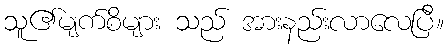
သူ၏မျက်စိများ သည် အားနည်းလာလေပြီ။